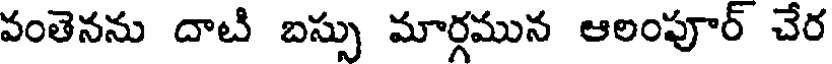
వంతెనను దాటి బస్సు మార్గమున ఆలంపూర్ చేర